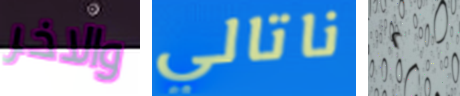
والاخر ناتالي ٢